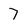
Character: 7